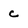
Character: c